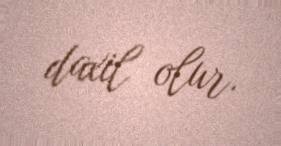
daxil olur.